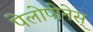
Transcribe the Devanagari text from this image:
पेलोपोनेस्